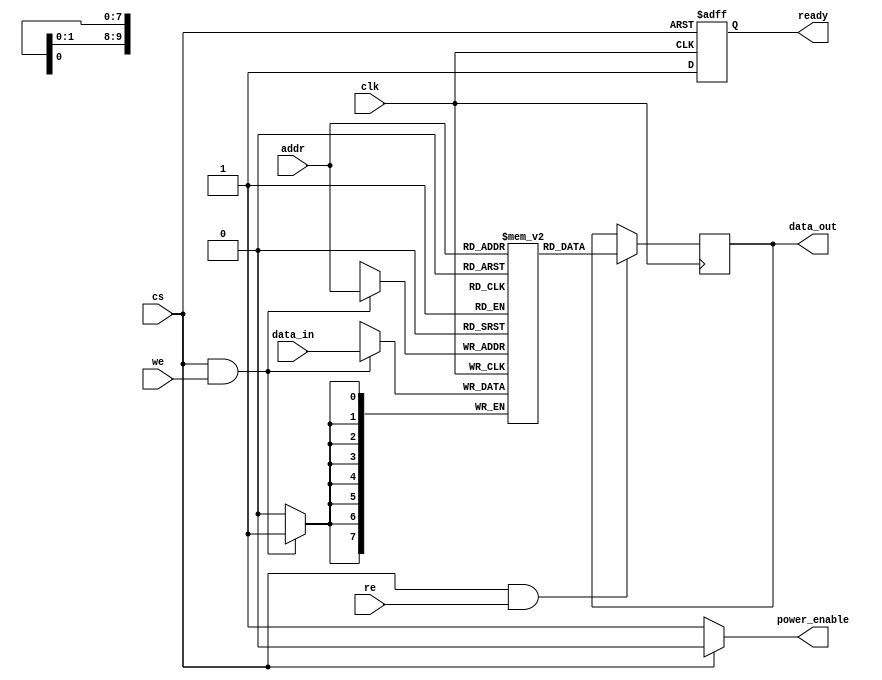
module mram_io_block (
    input wire clk,                // Clock signal
    input wire cs,                 // Chip Select
    input wire we,                 // Write Enable
    input wire re,                 // Read Enable
    input wire [ADDR_WIDTH-1:0] addr, // Address input
    input wire [DATA_WIDTH-1:0] data_in, // Data input
    output reg [DATA_WIDTH-1:0] data_out, // Data output
    output reg ready,              // Ready signal
    output wire power_enable       // Power management signal
);

parameter ADDR_WIDTH = 10;       // Address width
parameter DATA_WIDTH = 8;        // Data width

// Internal signals
reg [DATA_WIDTH-1:0] memory [0:(1 << ADDR_WIDTH)-1]; // Memory array
reg [DATA_WIDTH-1:0] data_buffer; // Buffer for data

// Power management logic
assign power_enable = (cs == 1'b0) ? 1'b1 : 1'b0; // Enable power when CS is low

// Data input/output buffers
always @(posedge clk or negedge cs) begin
    if (!cs) begin
        ready <= 1'b0; // Not ready when chip is selected
    end else begin
        ready <= 1'b1; // Ready when chip is deselected
    end
end

// Write operation
always @(posedge clk) begin
    if (cs && we) begin
        memory[addr] <= data_in; // Write data to memory
    end
end

// Read operation
always @(posedge clk) begin
    if (cs && re) begin
        data_out <= memory[addr]; // Read data from memory
    end
end

// Address decoding logic (simple direct mapping)
always @(posedge clk) begin
    if (cs) begin
        // Address decoding can be expanded for larger memory sizes
        // Currently, it directly accesses the memory array
    end
end

endmodule